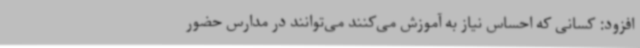
افزود: کسانی که احساس نیاز به آموزش می‌کنند می‌توانند در مدارس حضور